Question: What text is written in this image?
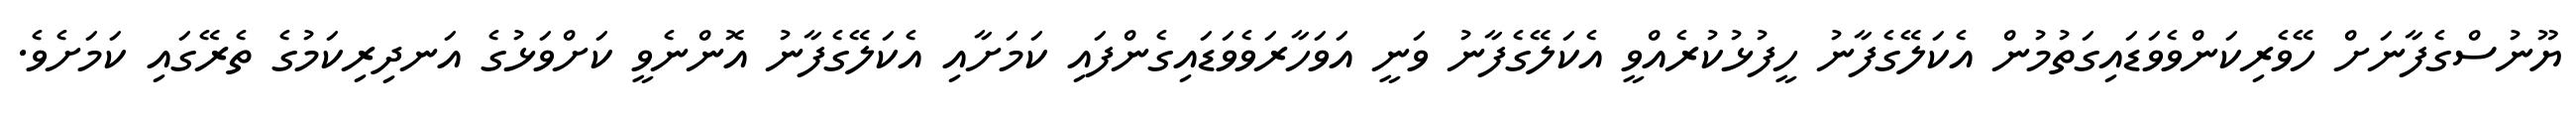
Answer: ޔޫނުސްގެފާނަށް ހޭވެރިކަންވެވަޑައިގަތުމުން އެކަލޭގެފާނު ހީފުޅުކުރެއްވީ އެކަލޭގެފާނު ވަނީ އަވަހާރަވެވަޑައިގެންފައި ކަމަށާއި އެކަލޭގެފާނު އޮންނެވީ ކަށްވަޅުގެ އަނދިރިކަމުގެ ތެރޭގައި ކަމަށެވެ.